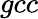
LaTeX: {gcc}